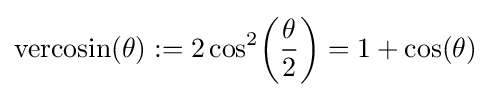
{\textrm {vercosin}}(\theta ):=2\cos ^{2}\!\left({\frac {\theta }{2}}\right)=1+\cos(\theta )